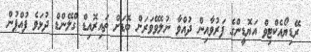
ރޭޑިޔޯއެކްޓިވް އަޔޮޑީންގެ ފަރުވާއިން ދުއްވާ ނުލެވޭވަރަށް ބޮޑަށް ތައިރޮއިޑް ގްލޭންޑް ދުޅަވެ ފުއްޕުން